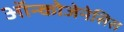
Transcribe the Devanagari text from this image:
ऑन्कोजेनेसिस